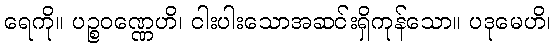
ရေကို။ ပဉ္စဝဏ္ဏေဟိ၊ ငါးပါးသောအဆင်းရှိကုန်သော။ ပဒုမေဟိ၊